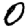
Digit: 0